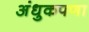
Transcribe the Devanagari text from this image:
अंधुकपणा